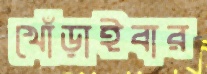
খোঁড়াইবার